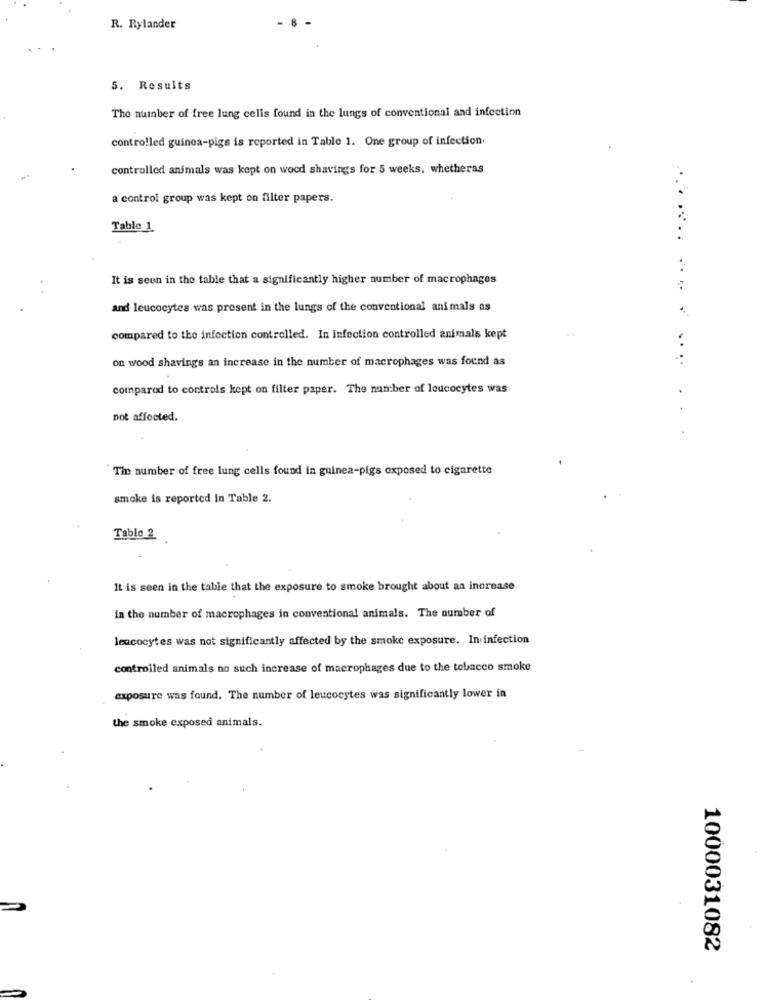
R. Rylander
5. Results
The number of free lung celis found in the lungs of conventional and infection
controlled guinea-pigs is reported in Table 1. One group of infection.
controllod animals was kept on wood shavings for 5 weeks, whetheras
a control group was kept on filter papers.
Tablo 1
It is seen in the table that a significantly higher number of macrophages
..
and leucocytes was present in the lungs of the conventional animals as
compared to the infection controlled. In infection controlled animals kept
..
on wood shavings an increase in the number of macrophages was found as
..
compared to controls kept on filter paper. The number of leucocytes was:
.
not affected.
.
The number of free lung cells found in guinea-pigs exposed to cigarette
smoke is reported in Table 2.
Tablo 2
It is seen in the table that the exposure to smoke brought about an increase.
in the number of macrophages in conventional animals. The number of
leucocytes was not significantly affected by the smoke exposure. In infection
controlled animals no such increase of macrophages due to the tobacco smoke
exposure was found. The number of leucocytes was significantly lower in
the smoke exposed animals.
1000031082